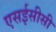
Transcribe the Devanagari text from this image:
एसईसीसी